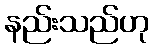
နည်းသည်ဟု